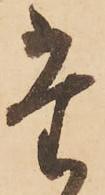
た